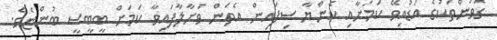
ގޮވުންތަކުގެ އަޑުއިވޭ ކަމަށާއި ކެންޔާ ސިފައިން އެތަން ވަށާލާފައިވާ ކަމަށް ބީބީސީ ބުންޏެވެ.